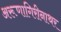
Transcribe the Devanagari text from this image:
अरूणागिरीनाथर